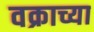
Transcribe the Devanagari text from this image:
वक्राच्या